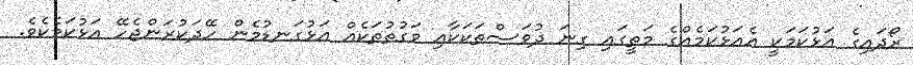
ރޯދައިގެ އަޅުކަމަކީ އެއަޅުކަމެއްގެ މަތީގައި ގިނަ ދުވަސްތަކަކާއި ވަގުތުތަކެއް އަޅުގަނޑުމެން ހޭދަކުރަންޖެހޭ އަޅުކަމެކެވެ.